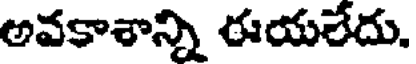
అవకాశాన్ని ఈయలేదు.